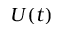
U ( t )